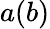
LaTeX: a(b)